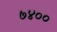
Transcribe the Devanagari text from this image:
७४००